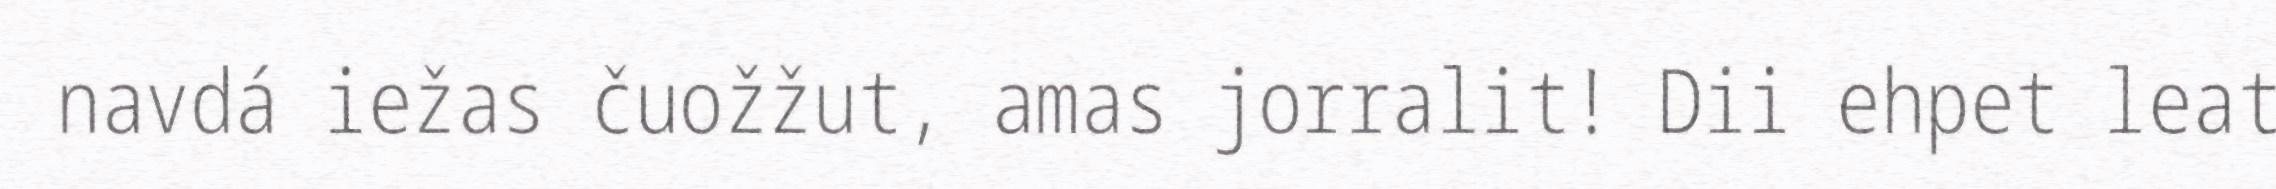
navdá iežas čuožžut, amas jorralit! Dii ehpet leat